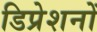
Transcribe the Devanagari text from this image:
डिप्रेशनों